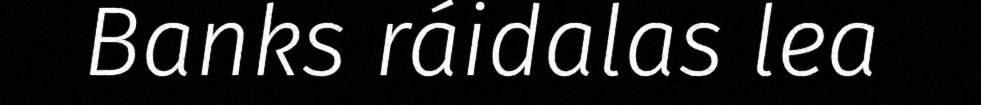
Banks ráidalas lea